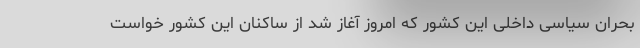
بحران سیاسی داخلی این کشور که امروز آغاز شد از ساکنان این کشور خواست